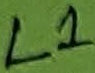
Text: L1